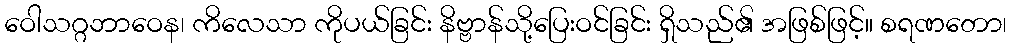
ဝေါသဂ္ဂဘာဝေန၊ ကိလေသာ ကိုပယ်ခြင်း နိဗ္ဗာန်သို့ပြေးဝင်ခြင်း ရှိသည်၏ အဖြစ်ဖြင့်။ စရဏတော၊